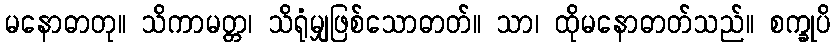
မနောဓာတု။ သိကာမတ္တ၊ သိရုံမျှဖြစ်သောဓာတ်။ သာ၊ ထိုမနောဓာတ်သည်။ စက္ခုပိ